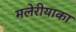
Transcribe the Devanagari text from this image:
मलेरीयाका